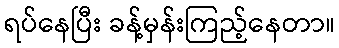
ရပ်နေပြီး ခန့်မှန်းကြည့်နေတာ။